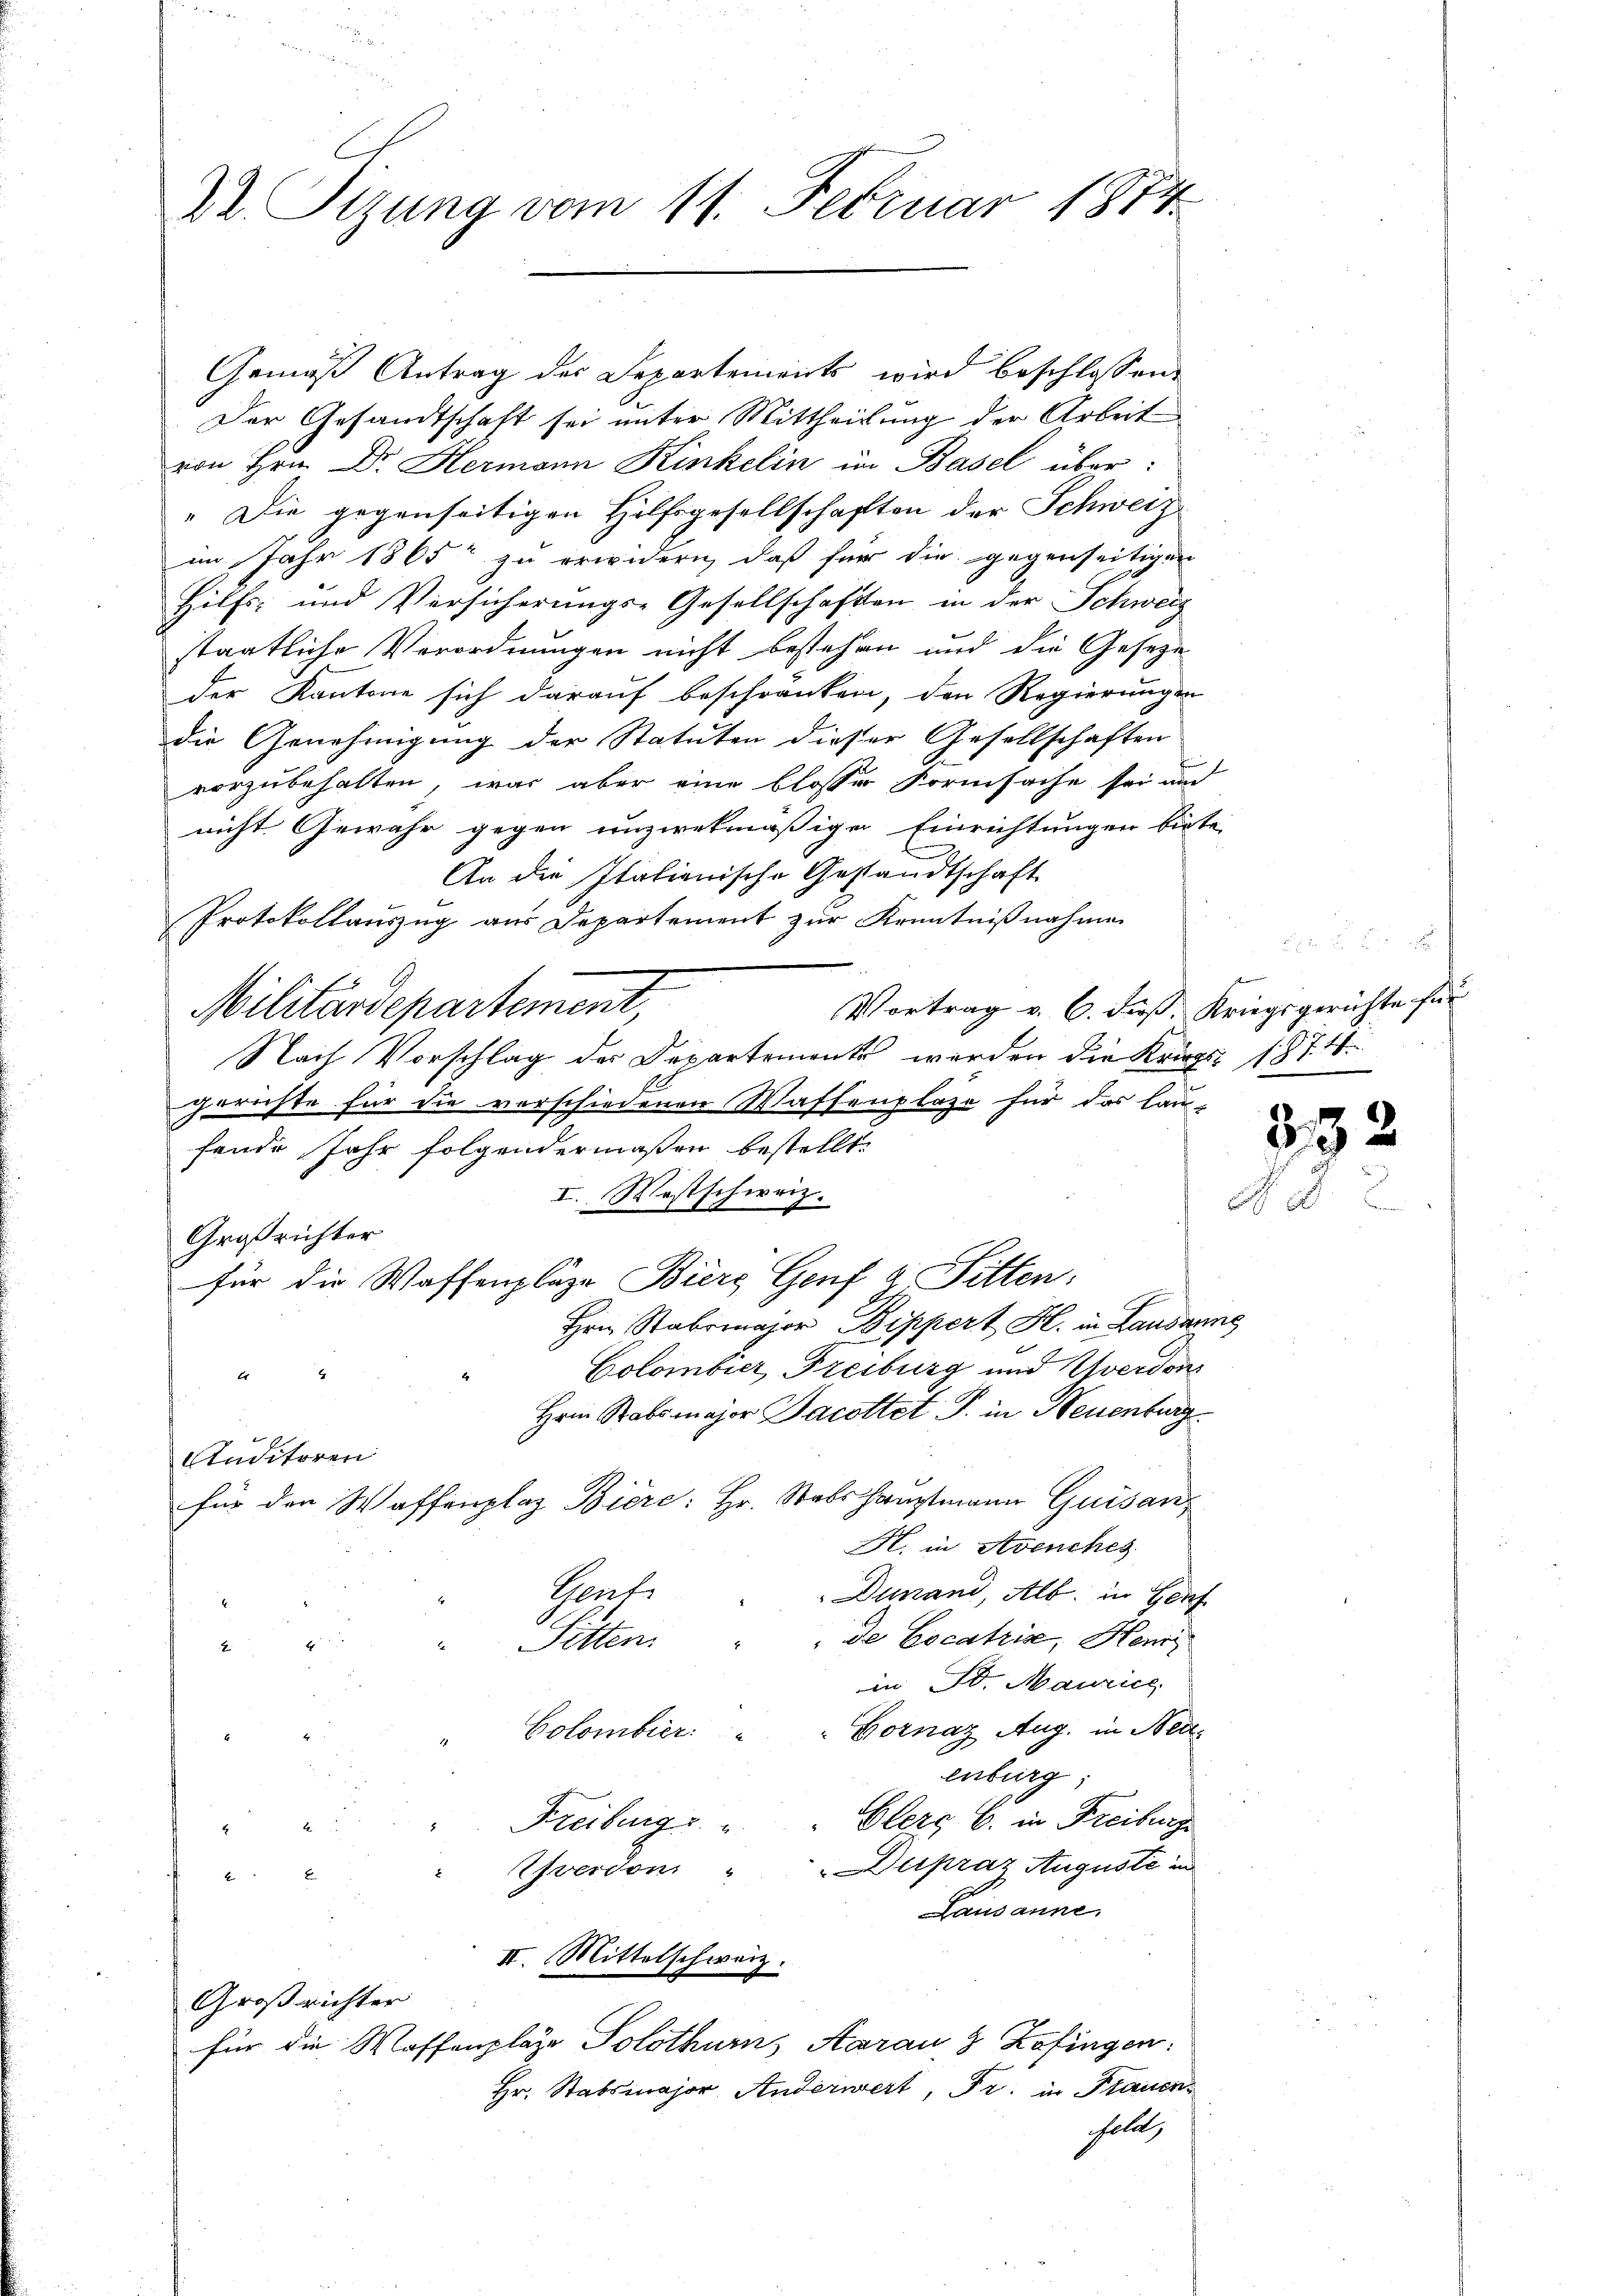
Dr. Sizung vom 11. Februar 1874.

Gemäß Antrag der Departements wird beschlossen,
Der Gesandtschaft sei unter Mittheilung der Arbeit
von Hrn. Dr. Hermann Kinkelin in Basel über:
„Die gegenseitigen Hilfsgesellschaften der Schweiz
im Jahr 1865 zu erwidern, daß für die gegenseitigen
Hilfs- und Versicherungs-Gesellschaften in der Schweiz
staatliche Verordnungen nicht bestehen und die Geseze
der Kantone sich darauf beschränken, den Regierungen
die Genehmigung der Statuten dieser Gesellschaften
vorzubehalten, was aber eine blosser Formsache sei und
nicht Gewähr gegen unzwekmäßige Einrichtungen bis-
An die Italienische Gestandtschaft
Protokollauszug aus Departement zur Kenntnißnahmen
Militärdepartement,
Nach Vorschlag des Departements werden die Kriegs 1874.
gerichte für die verschiedenen Waffenplaze für das lau-
fende Jahr folgendermaßen bestellt.
I. Westschweiz.
Großrichter
für die Waffenpläge Biers Genf a Sitten.
Hrn. Stabsmajor Bippert H. in Lausa
Colombier, Freiburg und Werden
Hrn Stabsmajor Jacottet P. in Neuenburg
Studitoren
für den Waffenplaz Biere: Hr. Stabshauptmann Guisan¬
K. in Avenches
Gents
Dunand, Alb. in Gen
de Cocatris, Henni
Sitten.
e
in St. Maurice,
Colombier: " " Gornaz Aug. in Neuenburg,
Freiburg i. Blerg b. in Freiburg
5
Derpraz Auguste in
Everdon "
"
Lausanne.
II. Mittelschweiz.
Großrichter
für die Waffenpläge Solothurns Aarau, 8 Zofingen.
Hr. Stabsmajor Anderwert, Fr. in Frauen-
hold,

in
Vortrag v. 6. Fuß, Kriegsgerichte für

mne

392